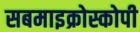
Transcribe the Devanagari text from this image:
सबमाइक्रोस्कोपी